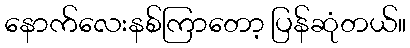
နောက်လေးနစ်ကြာတော့ ပြန်ဆုံတယ်။